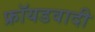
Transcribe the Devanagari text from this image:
फ्रॉयडवादी